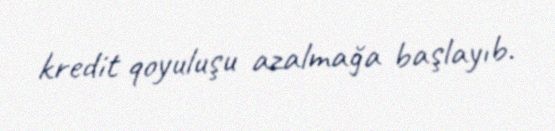
kredit qoyuluşu azalmağa başlayıb.